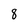
Character: 8